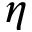
\eta